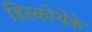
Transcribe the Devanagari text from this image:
डिस्कोथेके